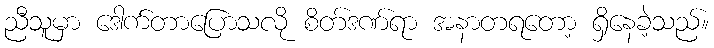
ညီသူမှာ ဒေါက်တာပြောသလို စိတ်ဒဏ်ရာ အနာတရတော့ ရှိနေခဲ့သည်။